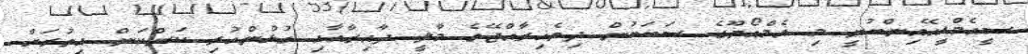
ސީއެމްޑީއޭއިންބުނީ މި އެމްއޯޔޫގެ ސަބަބުން ދިވެހިރާއްޖޭގެ މާލީ ދާއިރާއާއި ގުޅުންހުރި ކަންކަން އިތުރަށް